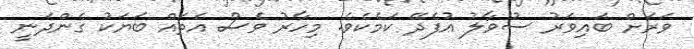
ވަރަށް ބައިވަރު ސުވާލު އުފެދޭ ކަމެކެވެ. މިހާރު ވެސް އެތައް ބަޔަކު ގެންދަނީ